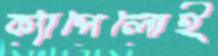
ক্যাপেলোই